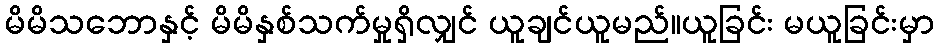
မိမိသဘောနှင့် မိမိနှစ်သက်မှုရှိလျှင် ယူချင်ယူမည်။ယူခြင်း မယူခြင်းမှာ